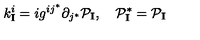
k _ { \mathbf { I } } ^ { i } = i g ^ { i j ^ { * } } \partial _ { j ^ { * } } { \cal P } _ { \mathbf { I } } , \quad { \cal P } _ { \mathbf { I } } ^ { * } = { \cal P } _ { \mathbf { I } }